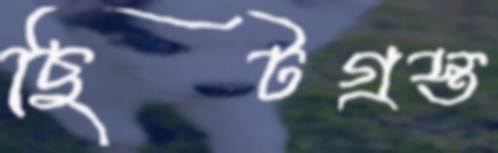
ছিটগ্রস্ত